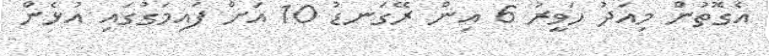
އެގޮތުން މިއަދު ހަވީރު 6 އިން ރޭގަނޑު 10 އަށް ފައިމަގުގައި އުޅެން